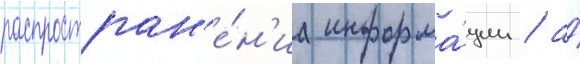
распростран'е́н'иа информа́ции / а́